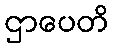
ဌာပေတိ